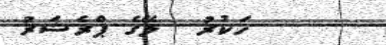
ހަކުރު  ލޭގެ ޕްރެޝަރު